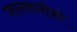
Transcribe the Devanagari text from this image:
जानकारीको